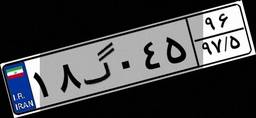
۱۸گ۰۴۵۹۶